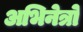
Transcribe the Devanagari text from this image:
अभिनेत्रो